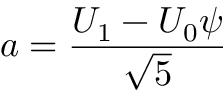
a = { \frac { U _ { 1 } - U _ { 0 } \psi } { \sqrt { 5 } } }